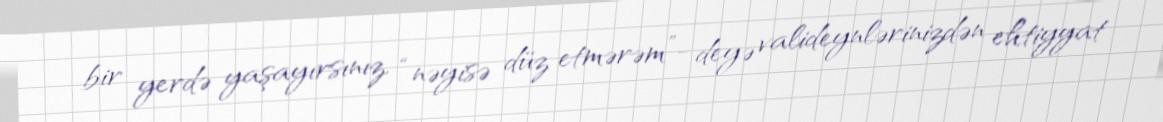
bir yerdə yaşayırsınız, “nəyisə düz etmərəm”- deyə valideynlərinizdən ehtiyyat